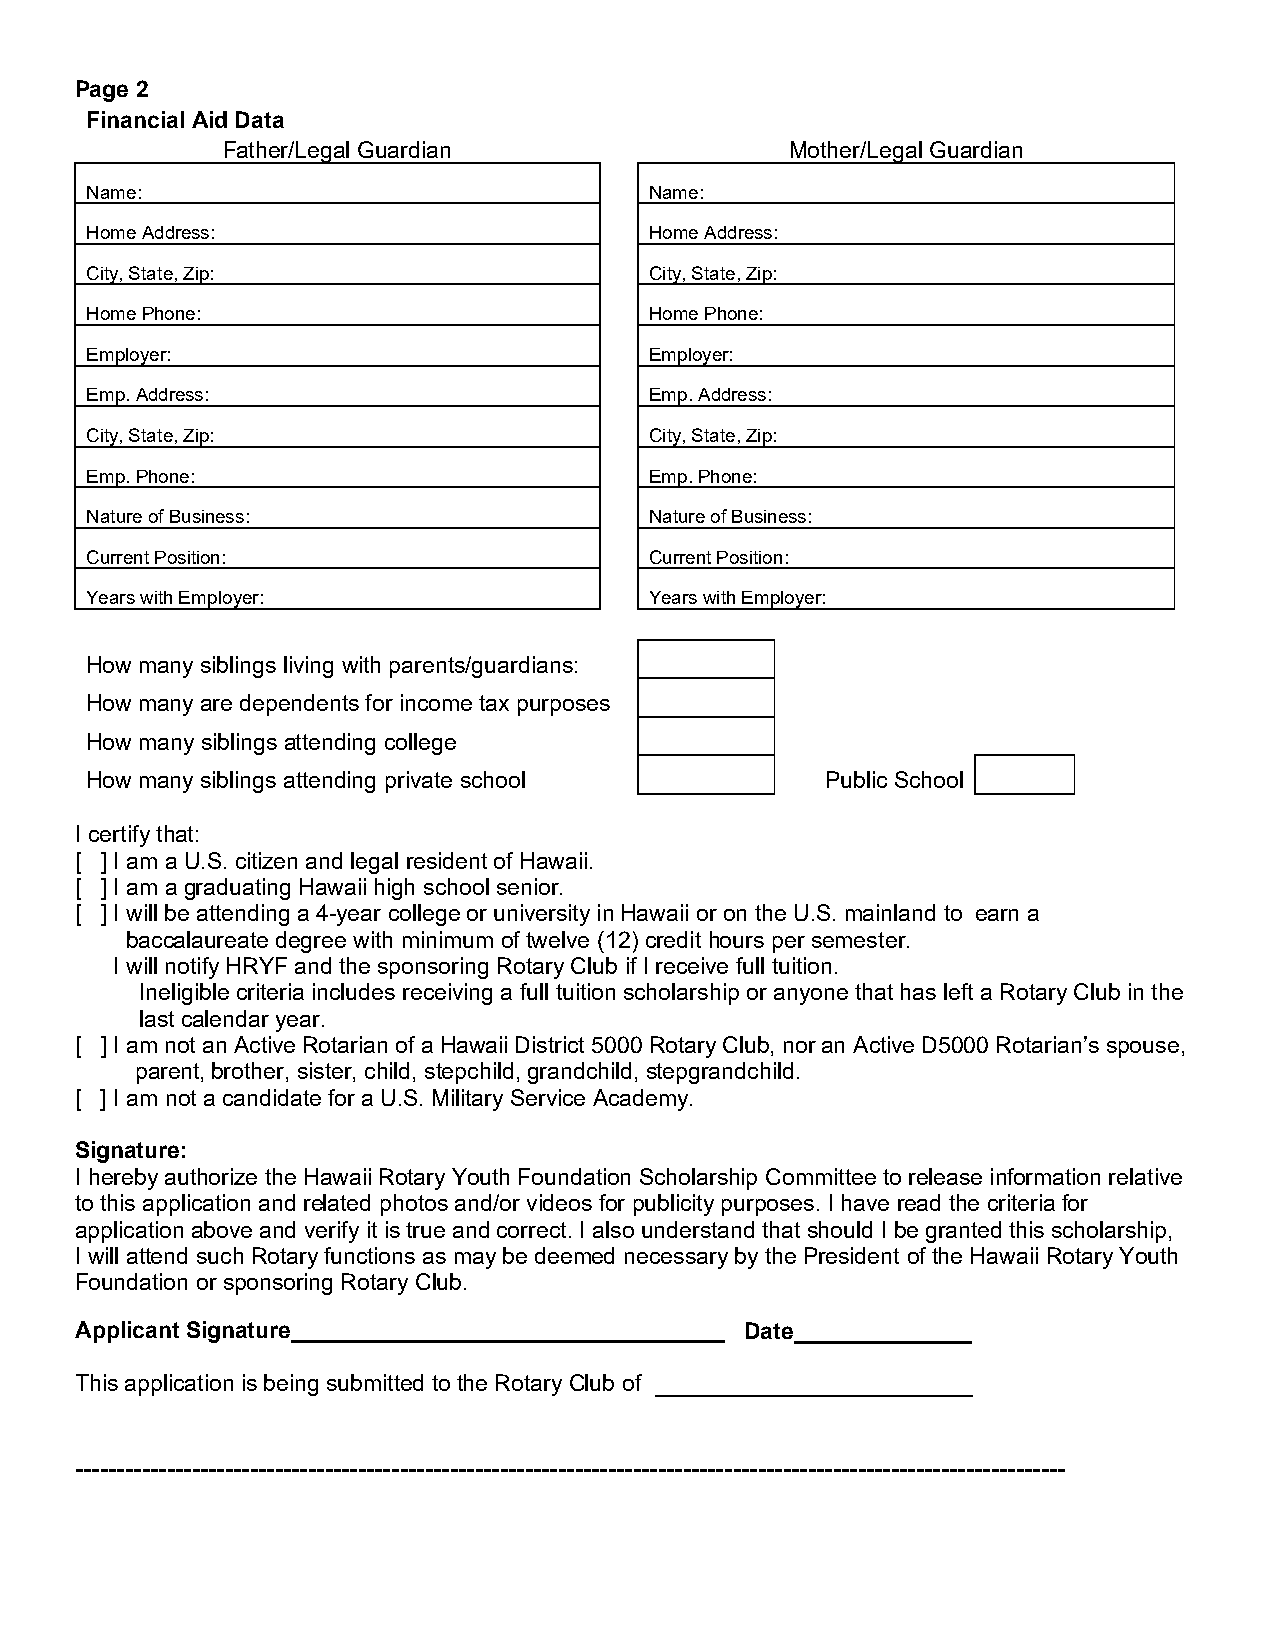
Page 2
 F inancial Aid Data
 Father/Legal Guardian                Mother/Legal Guardian
 Name:                                Name:
 Home Address:                        Home Address:
 City, State, Zip:                    City, State, Zip:
 Home Phone:                          Home Phone:
 Employer:                            Employer:
 Emp. Address:                        Emp. Address:
 City, State, Zip:                    City, State, Zip:
 Emp. Phone:                          Emp. Phone:
 Nature of Business:                  Nature of Business:
 Current Position:                    Current Position:
 Years with Employer:                 Years with Employer:
 How many siblings living with parents/guardians:
 How many are dependents for income tax purposes
 How many siblings attending college
 How many siblings attending private school       Public School
 I certify that:
 [ ] I am a U.S. citizen and legal resident of Hawaii.
 [ ] I am a graduating Hawaii high school senior.
 [ ] I will be attending a 4-year college or university in Hawaii or on the U.S. mainland to earn a
 baccalaureate degree with minimum of twelve (12) credit hours per semester.
 I will notify HRYF and the sponsoring Rotary Club if I receive full tuition.
 Ineligible criteria includes receiving a full tuition scholarship or anyone that has left a Rotary Club in the
 last calendar year.
 [ ] I am not an Active Rotarian of a Hawaii District 5000 Rotary Club, nor an Active D5000 Rotarian’s spouse,
 parent, brother, sister, child, stepchild, grandchild, stepgrandchild.
 [ ] I am not a candidate for a U.S. Military Service Academy.
 Signature:
 I hereby authorize the Hawaii Rotary Youth Foundation Scholarship Committee to release information relative
 to this application and related photos and/or videos for publicity purposes. I have read the criteria for
 application above and verify it is true and correct. I also understand that should I be granted this scholarship,
 I will attend such Rotary functions as may be deemed necessary by the President of the Hawaii Rotary Youth
 Foundation or sponsoring Rotary Club.
 Applicant Signature__________________________________ Date______________
 This application is being submitted to the Rotary Club of _________________________
 -----------------------------------------------------------------------------------------------------------------------